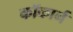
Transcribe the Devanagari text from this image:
कॉकार्न